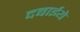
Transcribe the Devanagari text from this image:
दबाईये